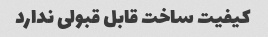
کیفیت ساخت قابل قبولی ندارد